Medical and sanitary report on the native army of Bombay for the year
Year: 1879
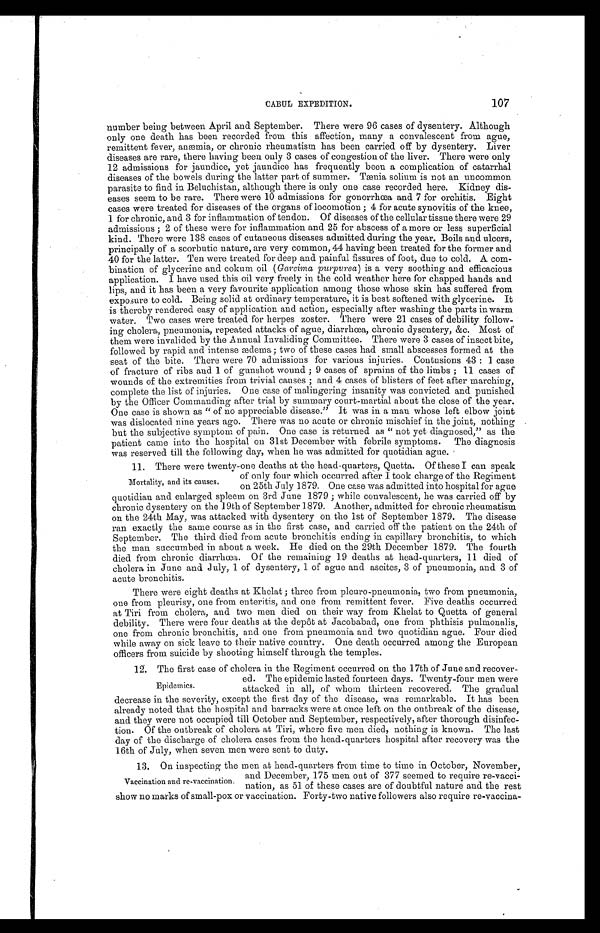
CABUL EXPEDITION. 107
number being between April and September. There were 96 cases of dysentery. Although
only one death has been recorded from this affection, many a convalescent from ague,
remittent fever, anæmia, or chronic rheumatism has been carried off by dysentery. Liver
diseases are rare, there having been only 3 cases of congestion of the liver. There were only
12 admissions for jaundice, yet jaundice has frequently been a complication of catarrhal
diseases of the bowels during the latter part of summer. Tænia solium is not an uncommon
parasite to find in Beluchistan, although there is only one case recorded here. Kidney dis
- e a s e s s e e m t o b e r a r e . T h e r e w e r e 1 0 a d m i s s i o n s f o r g o n o r r h œ a a n d 7 f o r o r c h i t i s . E i g h t
cases were treated for diseases of the organs of locomotion; 4 for acute synovitis of the knee,
1 for chronic, and 3 for inflammation of tendon. Of diseases of the cellular tissue there were 29
admissions; 2 of these were for inflammation and 25 for abscess of a more or less superficial
kind. There were 138 cases of cutaneous diseases admitted during the year. Boils and ulcers,
principally of a scorbutic nature, are very common, 44 having been treated for the former and
40 for the latter. Ten were treated for deep and painful fissures of foot, due to cold. A com
- b i n a t i o n o f g l y c e r i n e a n d c o k u m o i l (G
a r c i m a p u r p u r e a )
i s a v e r y s o o t h i n g a n d e f f i c a c i o u s
application. I have used this oil very freely in the cold weather here for chapped hands and
lips, and it has been a very favourite application among those whose skin has suffered from
exposure to cold. Being solid at ordinary temperature, it is best softened with glycerine. It
is thereby rendered easy of application and action, especially after washing the parts in warm
water. Two cases were treated for herpes zoster. There were 21 cases of debility follow
- i n g c h o l e r a , p n e u m o n i a , r e p e a t e d a t t a c k s o f a g u e , d i a r r h œ a , c h r o n i c d y s e n t e r y , & c . M o s t o f
them were invalided by the Annual Invaliding Committee. There were 3 cases of insect bite,
followed by rapid and intense ædema; two of these cases had small abscesses formed at the
seat of the bite. There were 70 admissions for various injuries. Contusions 43: 1 case
of fracture of ribs and 1 of gunshot wound; 9 cases of sprains of the limbs; 11 cases of
wounds of the extremities from trivial causes; and 4 cases of blisters of feet after marching,
complete the list of injuries. One case of malingering insanity was convicted and punished
by the Officer Commanding after trial by summary court-martial about the close of the year.
One case is shown as " of no appreciable disease." It was in a man whose left elbow joint
was dislocated nine years ago. There was no acute or chronic mischief in the joint, nothing
but the subjective symptom of pain. One case is returned as " not yet diagnosed," as the
patient came into the hospital on 31st December with febrile symptoms. The diagnosis
was reserved till the following day, when he was admitted for quotidian ague.
11. There were twenty-one deaths at the head-quarters, Quetta. Of these I can speak
of only four which occurred after I took charge of the Regiment
Mortality, and its causes, on 25th July 1879. One case was admitted into hospital for ague
quotidian and enlarged spleem on 3rd June 1879 ; while convalescent, he was carried off by
chronic dysentery on the 19th of September 1879. Another, admitted for chronic rheumatism.
on the 24th May, was attacked with dysentery on the 1st of September 1879. The disease
ran exactly the same course as in the first case, and carried off the patient on the 24th of
September. The third died from acute bronchitis ending in capillary bronchitis, to which
the man succumbed in about a week. He died on the 29th December 1879. The fourth
died from chronic diarrhœa. Of the remaining 1.9 deaths at head-quarters, 11 died of
cholera in June and July, 1 of dysentery, 1 of ague and ascites, 3 of pneumonia, and 3 of
acute bronchitis.
There were eight deaths at Khelat; three from pleuro-pneumonia, two from pneumonia,
one from pleurisy, one from enteritis, and one from remittent fever. Five deaths occurred
at Tiri from cholera, and two men died on their way from Khelat to Quetta of general
debility. There were four deaths at the depôt at Jacobabad, one from phthisis pulmonalis,
one from chronic bronchitis, and one from pneumonia and two quotidian ague. Four died
while away on sick leave to their native country. One death occurred among the European
officers from suicide by shooting himself through the temples.
12. The first case of cholera in the Regiment occurred on the 17th of June and recover-
ed. The epidemic lasted fourteen days. Twenty-four men were
Epidemics. attacked in all, of whom thirteen recovered. The gradual
decrease in the severity, except the first day of the disease, was remarkable. It has been
already noted that the hospital and barracks were at once left on the outbreak of the disease,
and they were not occupied till October and September, respectively, after thorough disinfec
- t i o n . O f t h e o u t b r e a k o f c h o l e r a a t T i r i , w h e r e f i v e m e n d i e d , n o t h i n g i s k n o w n . T h e l a s t
day of the discharge of cholera cases from the head-quarters hospital after recovery was the
16th of July, when seven men were sent to duty.
13. On inspecting the men at head-quarters from time to time in October, November,
and December, 175 men out of 377 seemed to require re-vacci
-Vaccination and re-vaccination.
nation, as 51 of these cases are of doubtful nature and the rest
show no marks of small-pox or vaccination. Forty-two native followers also require re-vaccina-